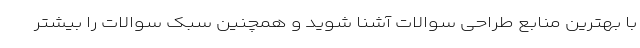
با بهترین منابع طراحی سوالات آشنا شوید و همچنین سبک سوالات را بیشتر